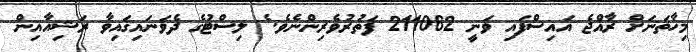
މިހާތަނަށް ރާއްޖެ އައިސްފައި ވަނީ 211062 ފަތުރުވެރިންނެވެ. ެ ލިސްޓުގެ ދެވަނައިގައިވާ ރަޝިއާއިން